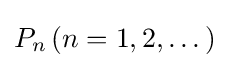
P_{n}\,(n=1,2,\dots )